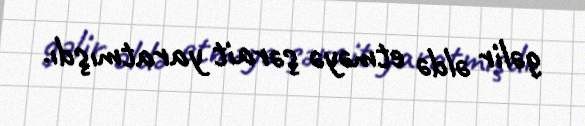
gəlir əldə etməyə şərait yaratmışdı.